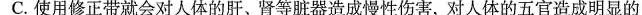
C.使用修正带就会对人体的肝。肾等脏器造成慢性伤害，对人体的五官造成明显的